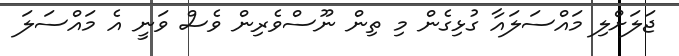
ޖަލަށްލި މައްސަލައާ ގުޅިގެން މި ތިން ނޫސްވެރިން ވެސް ވަނީ އެ މައްސަލަ